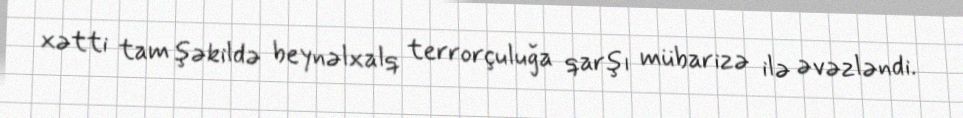
xətti tam şəkildə beynəlxalq terrorçuluğa qarşı mübarizə ilə əvəzləndi.